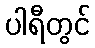
ပါရီတွင်